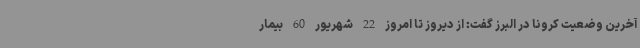
آخرین وضعیت کرونا در البرز گفت: از دیروز تا امروز 22 شهریور 60 بیمار